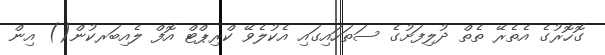
ގޮހޮރުގެ އެތެރޭ ތެތް ދުލިފަށުގެ ސަތަހައިގައި އެކުލެވޭ ކްރިޕްޓް އޮފް ލެއިބަރކުން() އިން